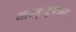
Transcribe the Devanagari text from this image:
महामृत्युंघजय